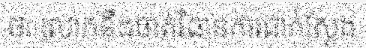
ថា លោកនឹងចាត់វិធានការជាក់ស្តែង